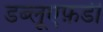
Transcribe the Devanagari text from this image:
डब्लूएफ़डी